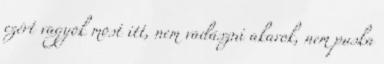
ezért vagyok most itt, nem vadászni akarok, nem puska